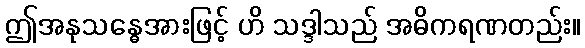
ဤအနုသန္ဓေအားဖြင့် ဟိ သဒ္ဒါသည် အဓိကရဏတည်း။